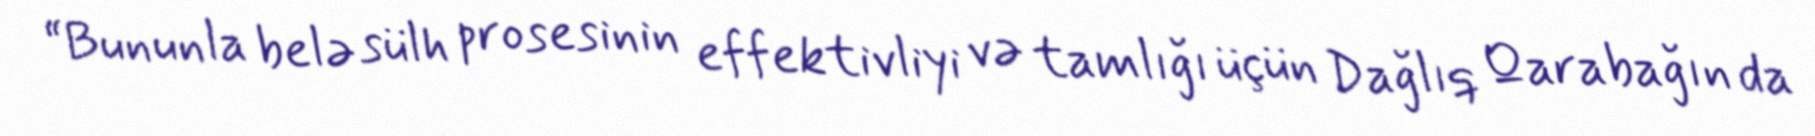
“Bununla belə sülh prosesinin effektivliyi və tamlığı üçün Dağlıq Qarabağın da